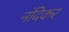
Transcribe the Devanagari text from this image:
नंदिकर